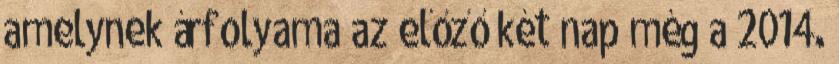
amelynek árfolyama az előző két nap még a 2014.